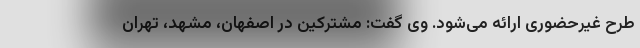
طرح غیرحضوری ارائه می‌شود. وی گفت: مشترکین در اصفهان، مشهد، تهران